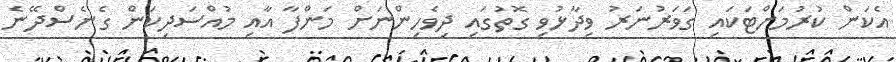
އެކަން ކުރުމަށްޓަކައި ގަވަރުނަރު ވިދާޅުވި ގޮތުގައި ދިވެހިންނަށް މަންފާ އާއި މުއްސަދިކަން ގެނެސްދޭނެ